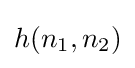
h(n_{1},n_{2})